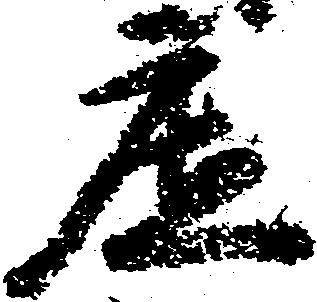
庄